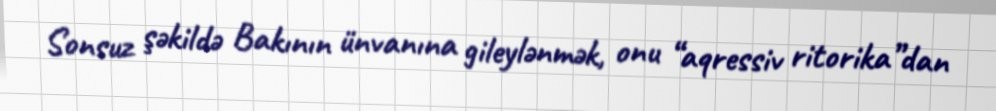
Sonsuz şəkildə Bakının ünvanına gileylənmək, onu “aqressiv ritorika”dan